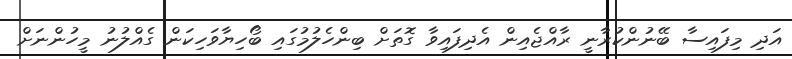
އަދި މިފައިސާ ބޭނުންކުރާނީ ރާއްޖެއިން އެދިފައިވާ ގޮތަށް ބިންހެލުމުގައި ބޯހިޔާވަހިކަން ގެއްލުނު މީހުންނަށް